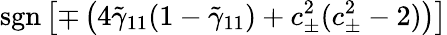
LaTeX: \mathrm{sgn}\left[\mp\left(4\tilde{\gamma}_{11}(1-\tilde{\gamma}_{11})+c_{\pm}^{2}(c_{\pm}^{2}-2)\right)\right]